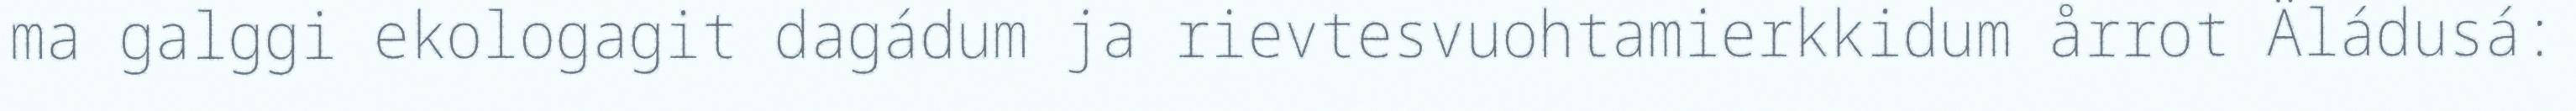
ma galggi ekologagit dagádum ja rievtesvuohtamierkkidum årrot Äládusá: